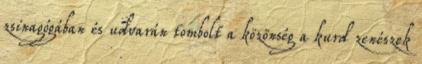
zsinagógában és udvarán tombolt a közönség a kurd zenészek